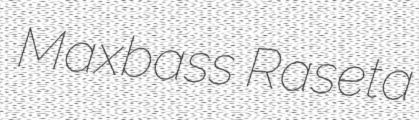
Maxbass Raseta